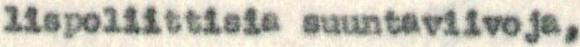
lispoliittisia suuntaviivoja,